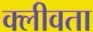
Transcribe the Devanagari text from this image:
क्लीवता